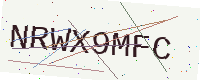
Text: NRWX9MFC